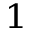
^ 1